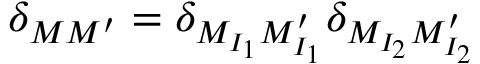
\delta _ { M M ^ { \prime } } = \delta _ { M _ { I _ { 1 } } M _ { I _ { 1 } } ^ { \prime } } \delta _ { M _ { I _ { 2 } } M _ { I _ { 2 } } ^ { \prime } }